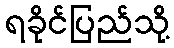
ရခိုင်ပြည်သို့